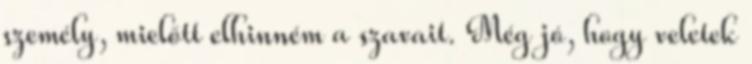
személy, mielőtt elhinném a szavait. Még jó, hogy veletek